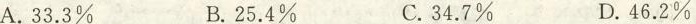
A.3 3.3% B. 25.4% C. 34.7% D. 46.2%